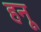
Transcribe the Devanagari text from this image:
हनू